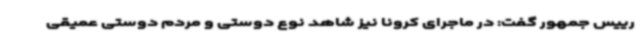
رییس جمهور گفت: در ماجرای کرونا نیز شاهد نوع دوستی و مردم دوستی عمیقی